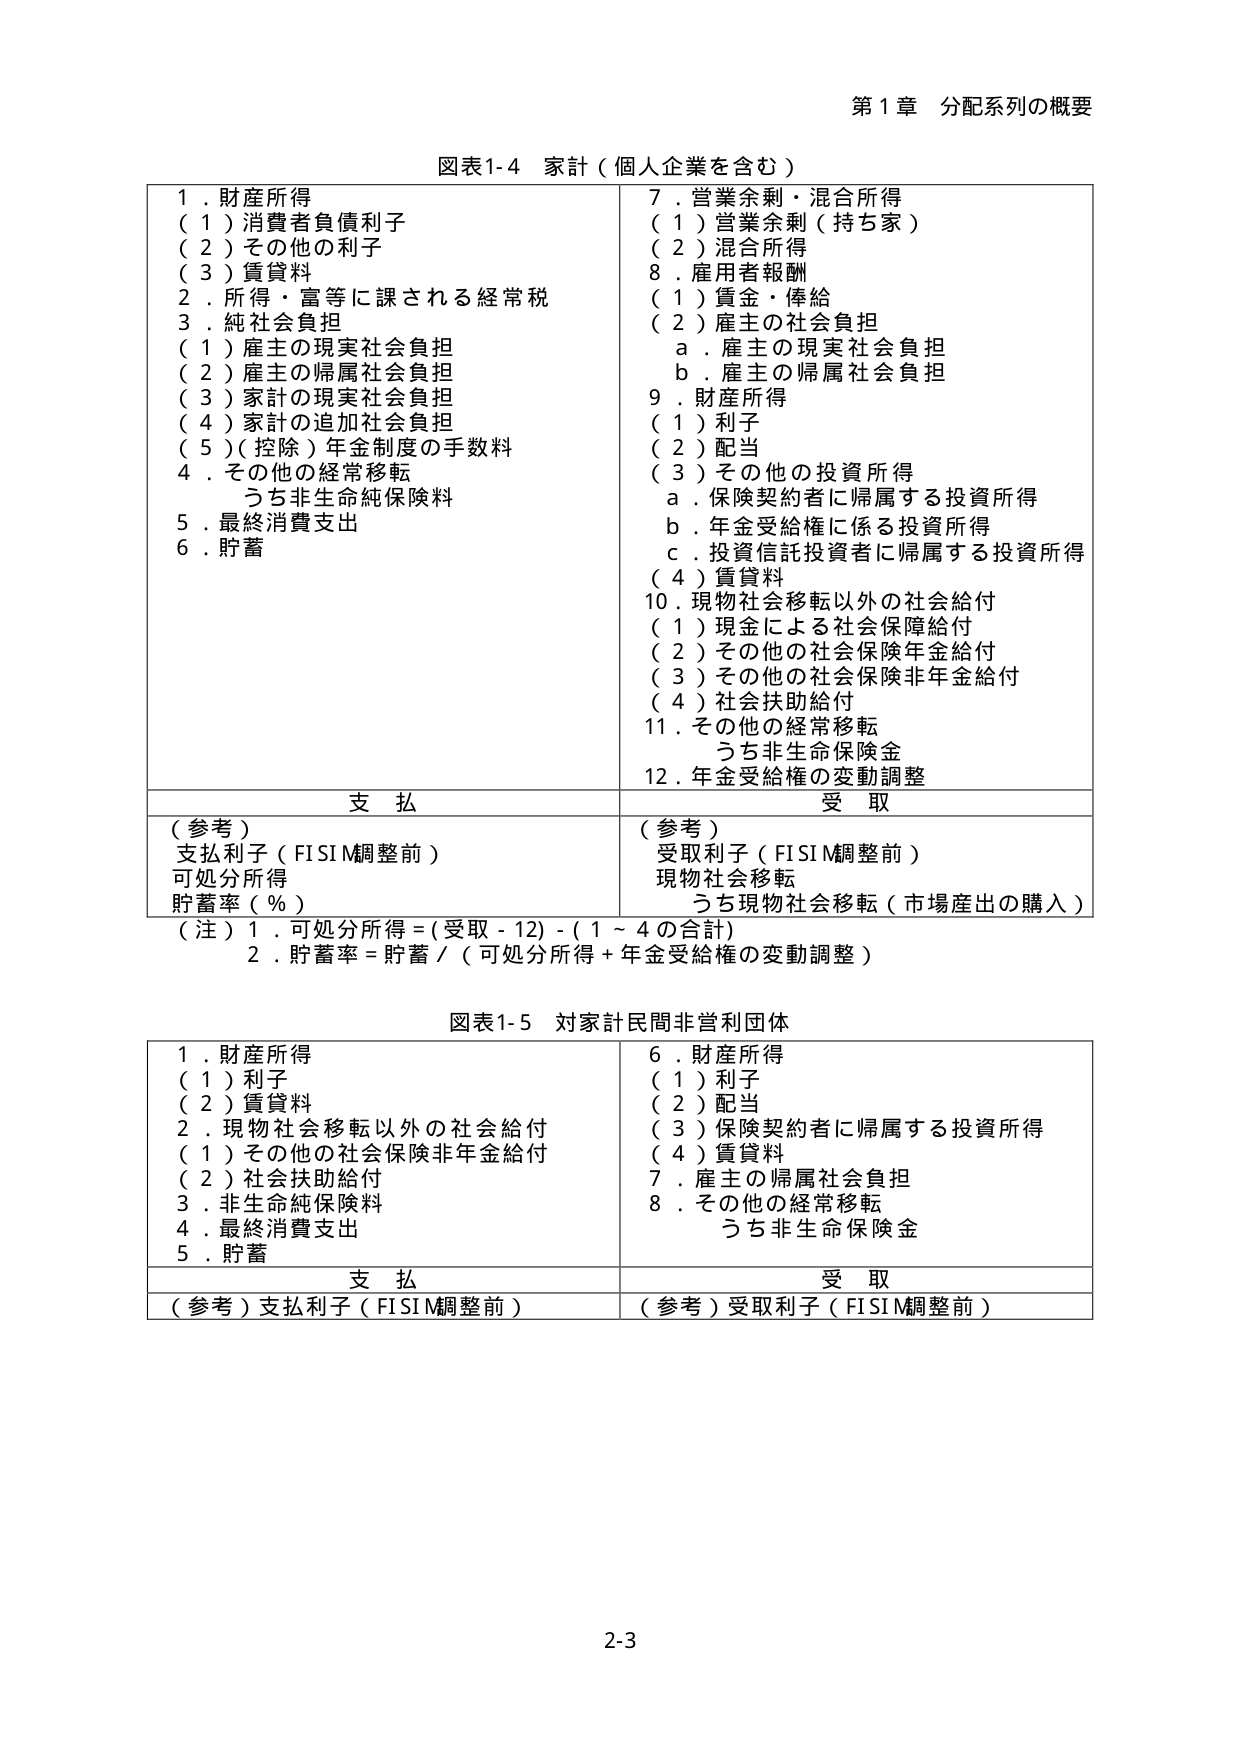
第1章 分配系列の概要

図表1-4 家計（個人企業を含む）

1．財産所得
（1）消費者負債利子
（2）その他の利子
（3）賃貸料
2．所得・富等に課される経常税
3．純社会負担
（1）雇主の現実社会負担
（2）雇主の帰属社会負担
（3）家計の現実社会負担
（4）家計の追加社会負担
（5）（控除）年金制度の手数料
4．その他の経常移転
　うち非生命純保険料
5．最終消費支出
6．貯蓄

7．営業余剰・混合所得
（1）営業余剰（持ち家）
（2）混合所得
8．雇用者報酬
（1）賃金・俸給
（2）雇主の社会負担
　a．雇主の現実社会負担
　b．雇主の帰属社会負担
9．財産所得
（1）利子
（2）配当
（3）その他の投資所得
　a．保険契約者に帰属する投資所得
　b．年金受給権に係る投資所得
　c．投資信託投資者に帰属する投資所得
（4）賃貸料
10．現物社会移転以外の社会給付
（1）現金による社会保障給付
（2）その他の社会保障年金給付
（3）その他の社会保障非年金給付
（4）社会扶助給付
11．その他の経常移転
　うち非生命保険金
12．年金受給権の変動調整

支払　　　　　　　　　　　　　　　　　　　受取

（参考）
支払利子（FISIM調整前）
可処分所得
貯蓄率（％）

（参考）
受取利子（FISIM調整前）
現物社会移転
　うち現物社会移転（市場産出の購入）

（注）1．可処分所得＝（受取－12）－（1～4の合計）
　　2．貯蓄率＝貯蓄／（可処分所得＋年金受給権の変動調整）

図表1-5 対家計民間非営利団体

1．財産所得
（1）利子
（2）賃貸料
2．現物社会移転以外の社会給付
（1）その他の社会保障非年金給付
（2）社会扶助給付
3．非生命純保険料
4．最終消費支出
5．貯蓄

6．財産所得
（1）利子
（2）配当
（3）保険契約者に帰属する投資所得
（4）賃貸料
7．雇主の帰属社会負担
8．その他の経常移転
　うち非生命保険金

支払　　　　　　　　　　　　　　　　　　　受取

（参考）支払利子（FISIM調整前）　　　　　（参考）受取利子（FISIM調整前）

2-3